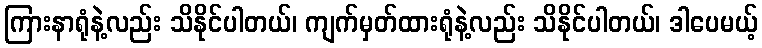
ကြားနာရုံနဲ့လည်း သိနိုင်ပါတယ်၊ ကျက်မှတ်ထားရုံနဲ့လည်း သိနိုင်ပါတယ်၊ ဒါပေမယ့်